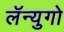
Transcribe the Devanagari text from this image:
लॅन्युगो